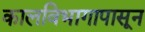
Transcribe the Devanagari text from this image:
कालविभागापासून